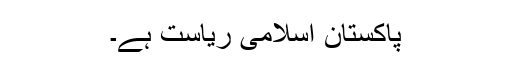
پاکستان اسلامی ریاست ہے۔